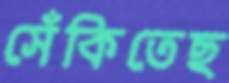
সেঁকিতেছ